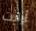
أرايت